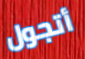
أتجول